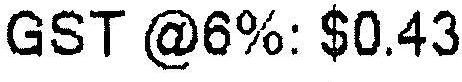
GST @6%: $0.43